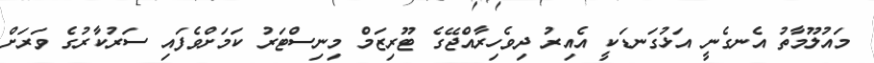
މައުލޫމާތު އެނގެނީ އަޅުގަނޑަކީ އެއިރު ދިވެހިރާއްޖޭގެ ޓޫރިޒަމް މިނިސްޓަރު ކަމަށްވެފައި ސަރުކާރުގެ ވަރަށް